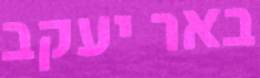
באר יעקב